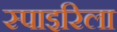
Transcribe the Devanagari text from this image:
स्पाइरिला